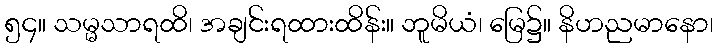
၅၄။ သမ္မသာရထိ၊ အချင်းရထားထိန်း။ ဘူမိယံ၊ မြေ၌။ နိဟညမာနော၊